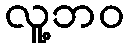
လူ့ဘဝ